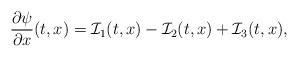
LaTeX: \begin{align*} \frac{\partial \psi}{\partial x}(t,x) = \mathcal{I}_1(t,x)- \mathcal{I}_2(t,x)+\mathcal{I}_3(t,x),\end{align*}